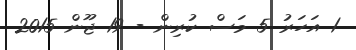
1 އަހަރު 5 މަސް ކުރިން - 19 ޖޫން 2015